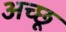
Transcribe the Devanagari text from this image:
अच्छू